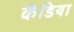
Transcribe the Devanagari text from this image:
कैंडिया